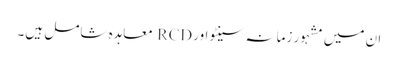
ان میں مشہور زمانہ سینٹو اور RCD معاہدہ شامل ہیں۔